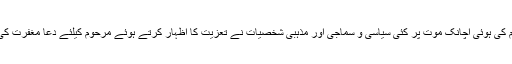
مرحوم کی ہوئی اچانک موت پر کئی سیاسی و سماجی اور مذہبی شخصیات نے تعزیت کا اظہار کرتے ہوئے مرحوم کیلئے دعا مغفرت کی ہے ۔